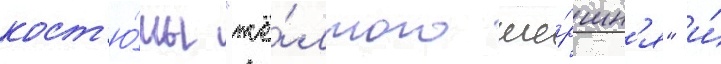
кост'ю́мы "жё́лтого ше́ршн'я" и́